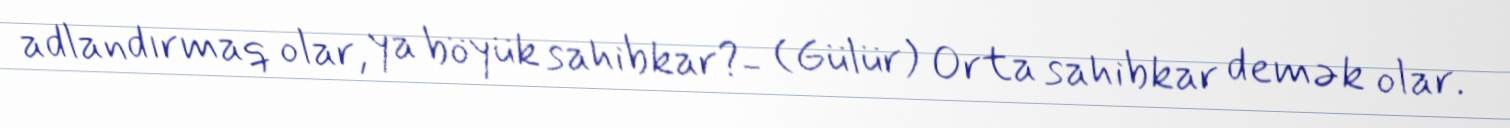
adlandırmaq olar, ya böyük sahibkar?- (Gülür) Orta sahibkar demək olar.